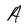
Character: A